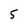
Character: 5